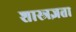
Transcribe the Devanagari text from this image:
शास्त्रज्ञता